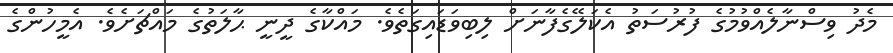
މެދު ވިސްނާލެއްވުމުގެ ފުރުސަތު އެކަލޭގެފާނަށް ލިބިވަޑައިގަތެވެ. މައްކާގެ ދީނީ ޙާލަތުގެ މައްޗަށެވެ. އެމީހުންގެ